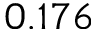
0 . 1 7 6